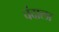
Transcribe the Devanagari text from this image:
चंदाला